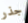
جذر